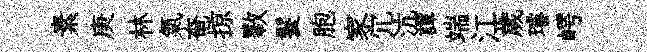
素庚林氣奄掠斁鬟胞家冗沆譚端江歲璿崿